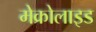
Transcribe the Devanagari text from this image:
मेक्रोलाइड